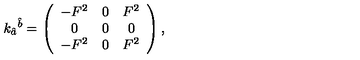
k _ { \hat { a } } { } ^ { \hat { b } } = \left( \begin{array} { c c c } { - F ^ { 2 } } & { 0 } & { F ^ { 2 } } \\ { 0 } & { 0 } & { 0 } \\ { - F ^ { 2 } } & { 0 } & { F ^ { 2 } } \\ \end{array} \right) ,